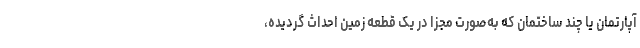
آپارتمان یا چند ساختمان که به‌صورت مجزا در یک قطعه زمین احداث گردیده،